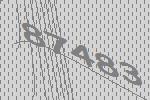
87483